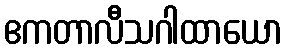
ဧကတာလီသဂါထာယော